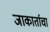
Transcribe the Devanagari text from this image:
जाकार्ताचा